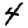
Digit: 4